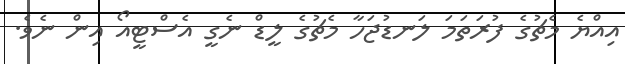
އިއްޔެ މެޗުގެ ފުރަތަމަ ލަނޑުޖަހާ މެޗުގެ ލީޑް ނެގީ އެސްޓީއޯ އިން ނެވެ.